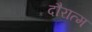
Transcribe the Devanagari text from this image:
दौरात्म